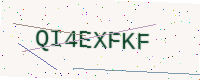
Text: QI4EXFKF